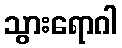
သွားရောဂါ